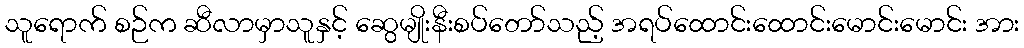
သူရောက် စဉ်က ဆီလာမှာသူနှင့် ဆွေမျိုးနီးစပ်တော်သည့် အရပ်ထောင်းထောင်းမောင်းမောင်း အား